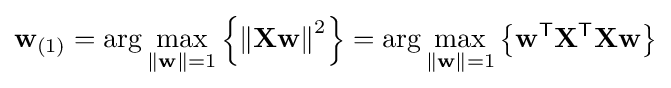
\mathbf {w} _{(1)}=\arg \max _{\left\|\mathbf {w} \right\|=1}\left\{\left\|\mathbf {Xw} \right\|^{2}\right\}=\arg \max _{\left\|\mathbf {w} \right\|=1}\left\{\mathbf {w} ^{\mathsf {T}}\mathbf {X} ^{\mathsf {T}}\mathbf {Xw} \right\}